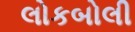
લોકબોલી